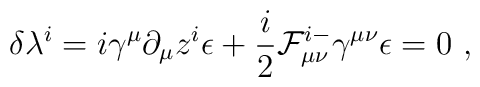
\delta \lambda^{i} = i\gamma^\mu \partial_\mu z^i \epsilon+{i\over2} {\cal F}^{i-}_{\mu\nu}\gamma^{\mu\nu}\epsilon =0 \ ,